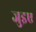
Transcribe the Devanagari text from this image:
जुइए